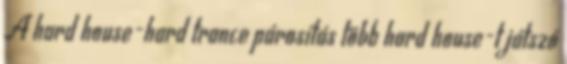
A hard house-hard trance párosítás több hard house-t játszó